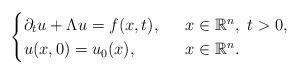
LaTeX: \begin{align*}\begin{cases} \partial_{t}u+\Lambda u= f(x,t), \ \ &x\in\mathbb{R}^{n}, \ t>0,\\ u(x,0)=u_{0}(x), \ \ &x\in\mathbb{R}^{n}.\end{cases}\end{align*}